342_HS1-416511228_319.1 Flying Discs 1949
Agency: Department of War
Incident date: 1/9/50
Page 104
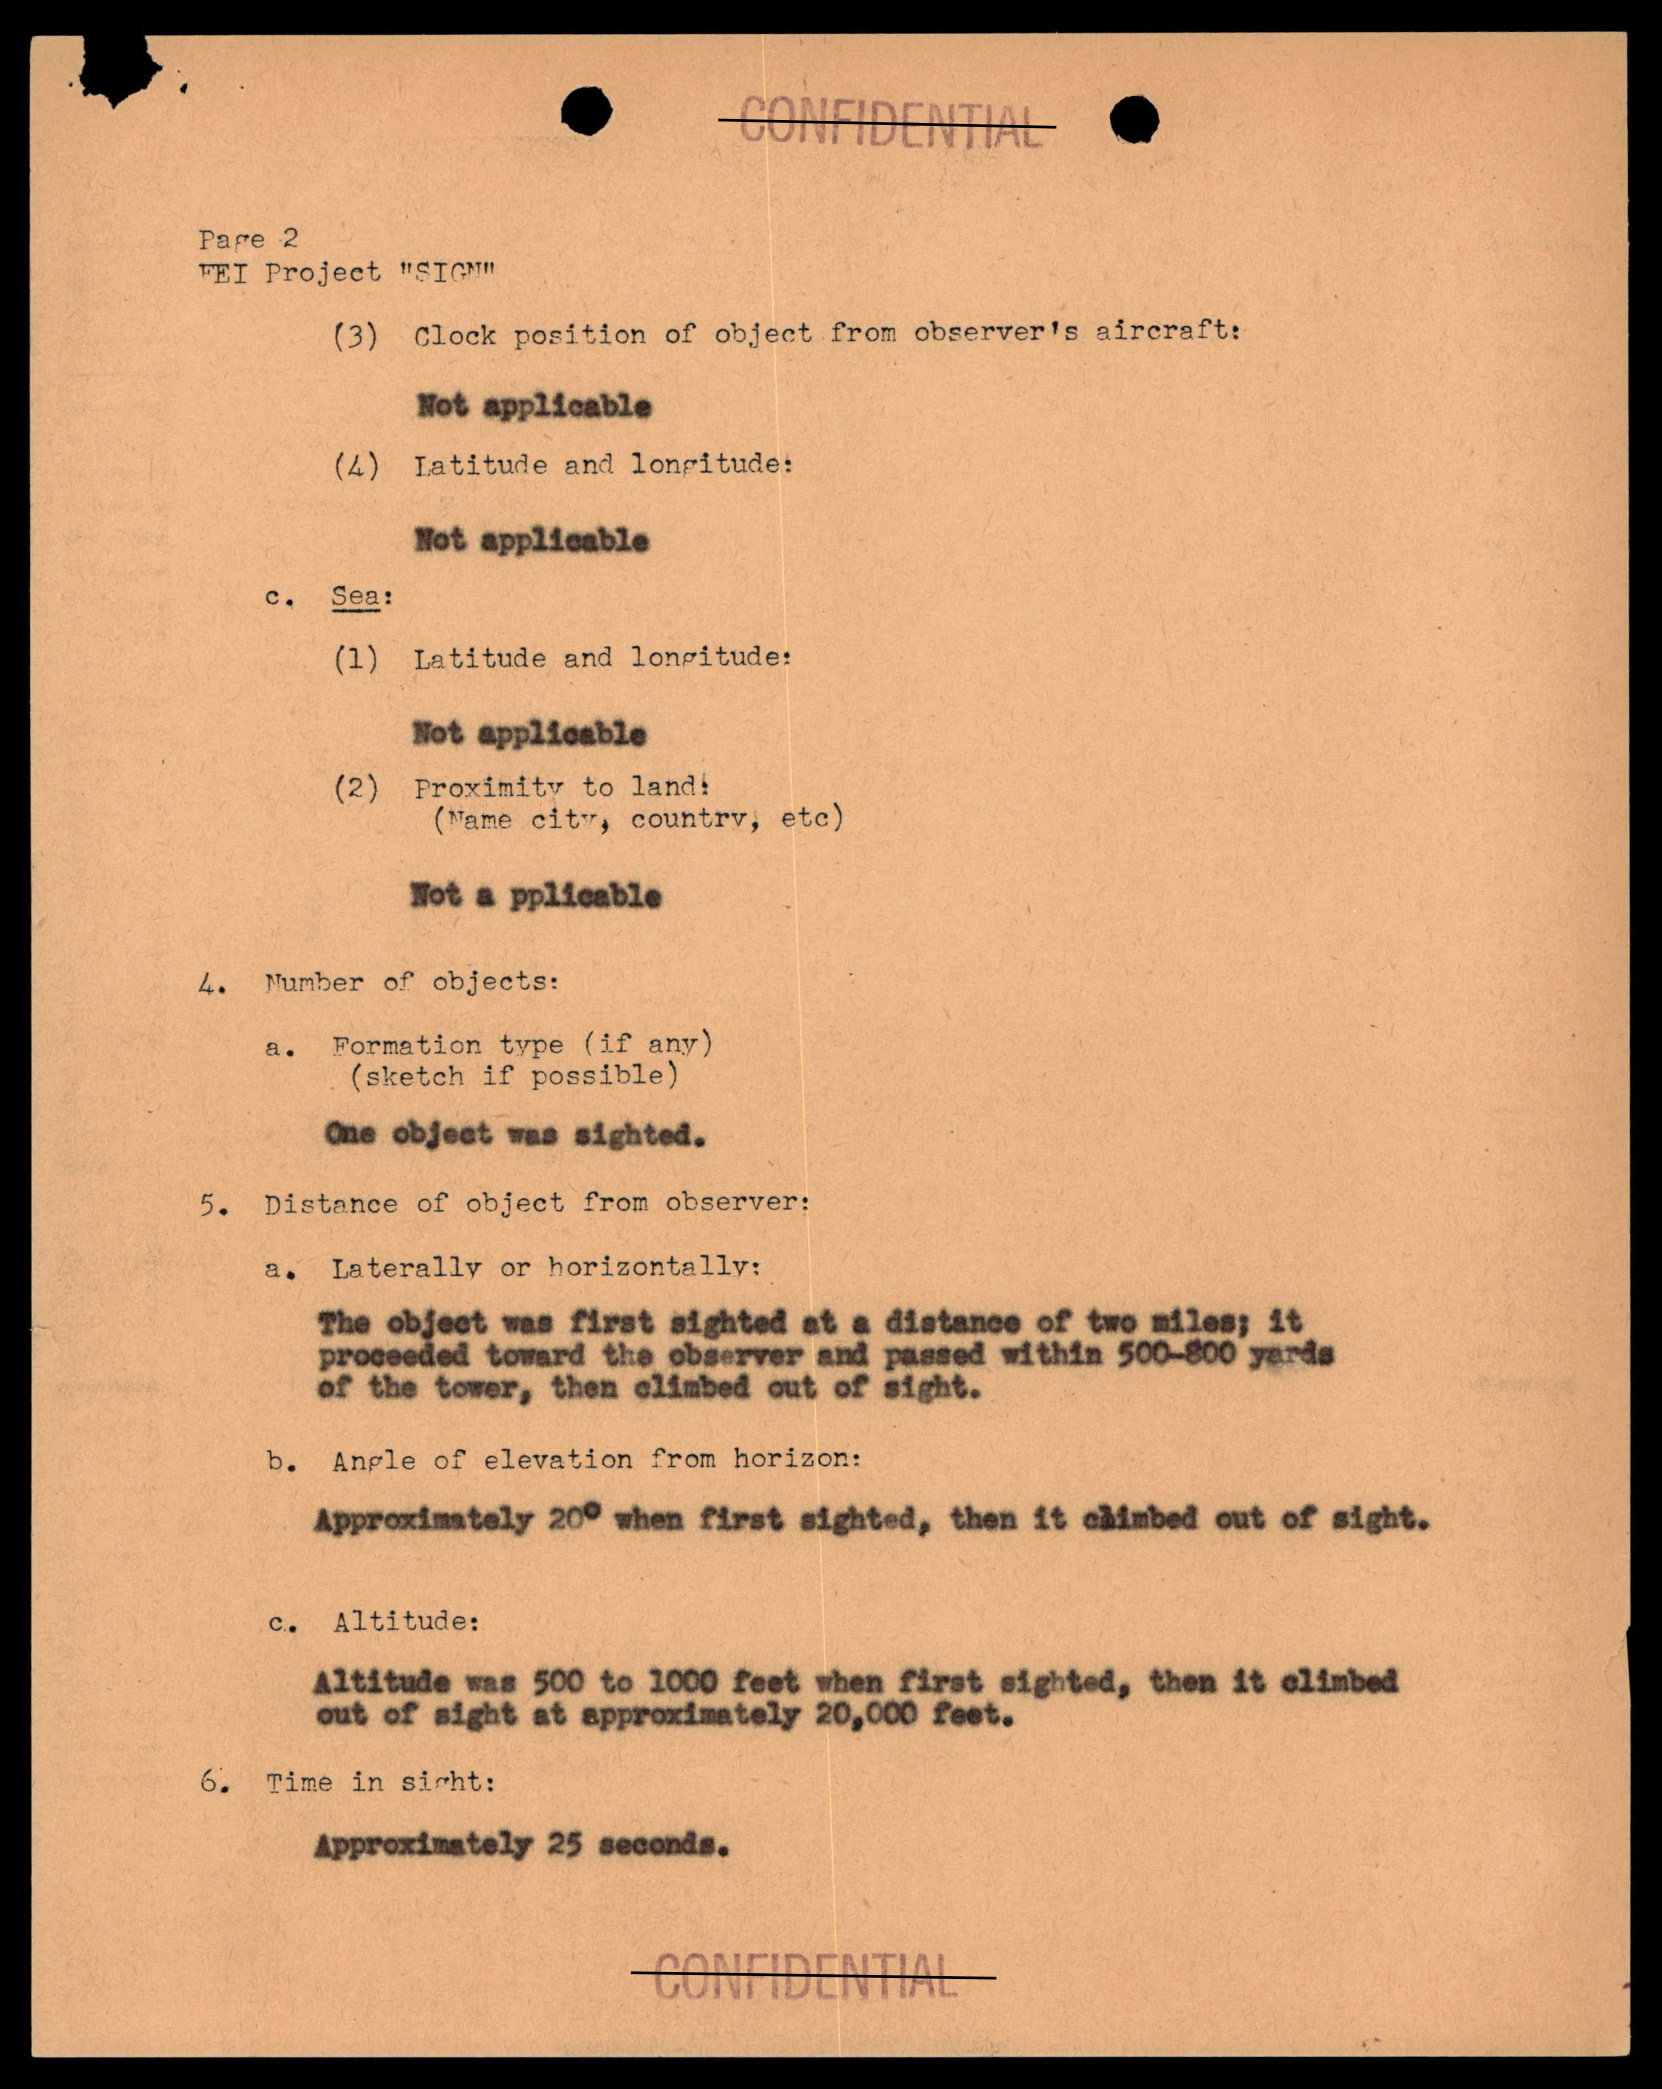